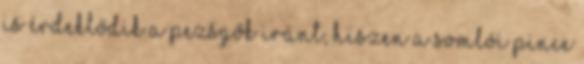
is érdeklődik a pezsgők iránt, hiszen a somlói pince